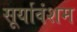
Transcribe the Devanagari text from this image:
सूर्यावंशम